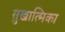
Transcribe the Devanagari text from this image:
सुखात्मिका